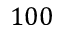
1 0 0